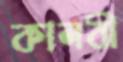
কালবী